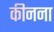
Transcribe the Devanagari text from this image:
कीनना